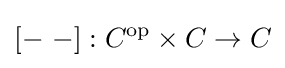
\left[-\ -\right]:C^{\text{op}}\times C\to C